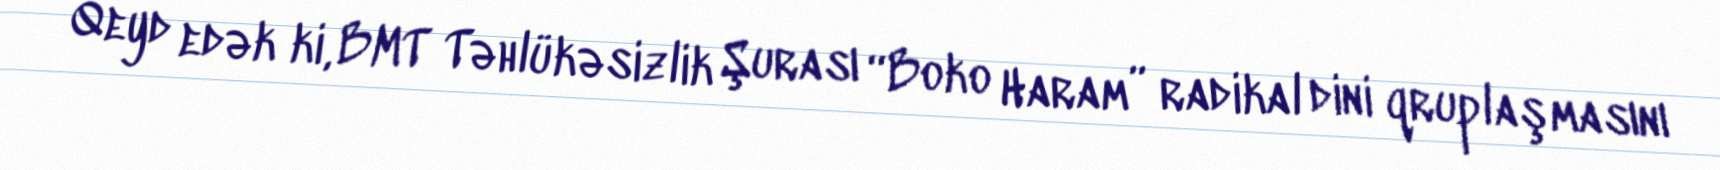
Qeyd edək ki, BMT Təhlükəsizlik Şurası “Boko Haram” radikal dini qruplaşmasını